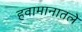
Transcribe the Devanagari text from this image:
हवामानातले